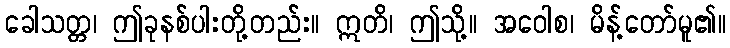
ခေါသတ္တ၊ ဤခုနစ်ပါးတို့တည်း။ ဣတိ၊ ဤသို့။ အဝေါစ၊ မိန့်တော်မူ၏။